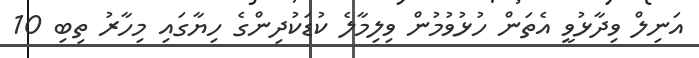
އަނިލް ވިދާޅުވީ އެތަން ހުޅުވުމުން ވިލިމާލެ ކުޑަކުދިންގެ ހިޔާގައި މިހާރު ތިބި 10